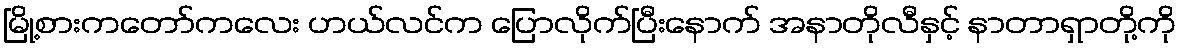
မြို့စားကတော်ကလေး ဟယ်လင်က ပြောလိုက်ပြီးနောက် အနာတိုလီနှင့် နာတာရှာတို့ကို